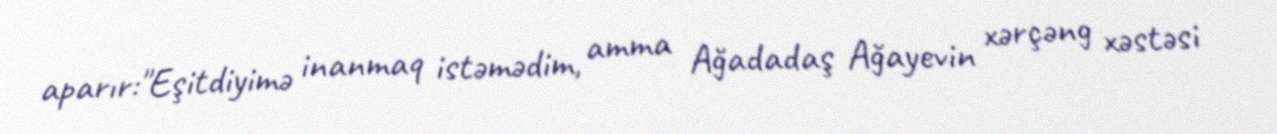
aparır:"Eşitdiyimə inanmaq istəmədim, amma Ağadadaş Ağayevin xərçəng xəstəsi